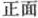
正面